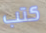
كتب